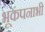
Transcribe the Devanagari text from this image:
भूकंपनाभी